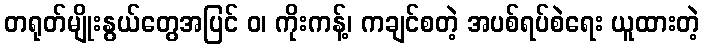
တရုတ်မျိုးနွယ်တွေအပြင် ဝ၊ ကိုးကန့်၊ ကချင်စတဲ့ အပစ်ရပ်စဲရေး ယူထားတဲ့